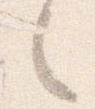
之